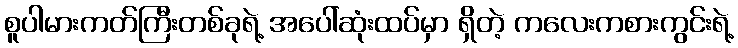
စူပါမားကတ်ကြီးတစ်ခုရဲ့ အပေါ်ဆုံးထပ်မှာ ရှိတဲ့ ကလေးကစားကွင်းရဲ့